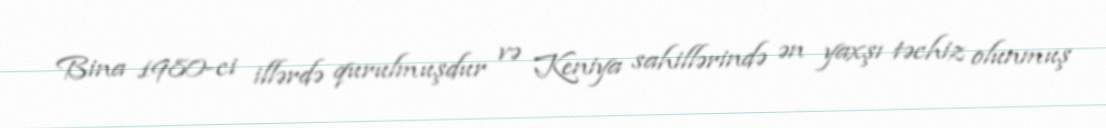
Bina 1980-ci illərdə qurulmuşdur və Keniya sahillərində ən yaxşı təchiz olunmuş